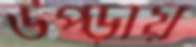
উপ্‌ড়ায়